Medical and sanitary report of the native army of Bengal for the year
Year: 1875
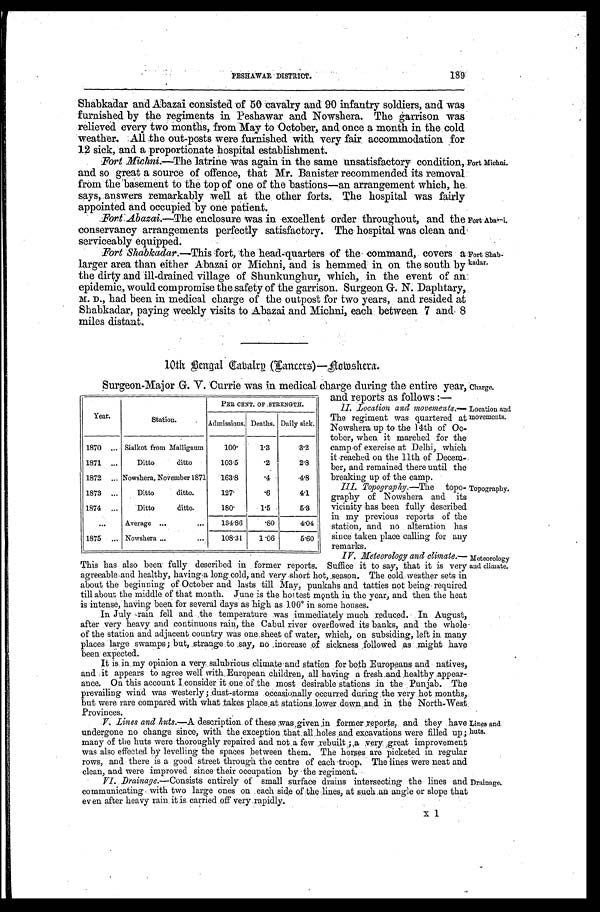
and reports as follows :—
II. Location and movements.—
The regiment was quartered at
Nowshera up to the 14th of Oc-
tober, when it marched for the
camp of exercise at Delhi, which
it reached on the 11th of Decem-
ber, and remained there until the
breaking up of the camp.
II Topography.— The
topo
graphy of Nowshera and its
vicinity has been fully described
in my previous reports of the
station, and no alteration has
since taken place calling for any
remarks.
IV. Meleoroloay and climate.—
Location and
movements.
Topography.
Meteorology
and climate.
189
PESHAWAR DISTRICT.
Shabkadar and Abazai consisted of 50 cavalry and 90 infantry soldiers, and was
furnished by the regiments in Peshawar and Nowshera. The garrison was
relieved every two months, from May to October, and once a month in the cold
weather. All the out-posts were furnished with very fair accommodation for
12 sick, and a proportionate hospital establishment.
Fort Michni.—The latrine was again in the same unsatisfactory condition,
and so great a source of offence, that Mr. Banister recommended its removal
from the basement to the top of one of the bastions—an arrangement which, he
says, answers remarkably well at the other forts. The hospital was fairly
appointed and occupied by one patient.
Fort Michni.
Fort Abazai.—The enclosure was in excellent order throughout, and the
conservancy arrangements perfectly satisfactory. The hospital was clean and
serviceably equipped.
Fort Shabkadar.—This fort, the head-quarters of the command, covers a
larger area than either Abazai or Michni, and is hemmed in on the south by
the dirty and ill-drained village of Shunkunghur, which, in the event of an
epidemic, would compromise the safety of the garrison. Surgeon G. N. Daphtary,
M. D ., had been in medical charge of the outpost for two years, and resided at
Shabkadar, paying weekly visits to Abazai and Michni, each between 7 and 8
miles distant.
Fort- Abazai.
Fort Shab-
kadar.
10th Bangal Cabalrn (Iancers)—Aowshera..
Surgeon-Major G. V. Currie was in medical charge during the entire year,
charge.
Year.
Station.
PER CENT. OF STRENGTH..
Admissions. Deaths. Daily sick.
1870 ... Sialkot from Malligaum
100.
1 . 3
3.2
1871
. . .
Ditto
ditto
103.5
. 2
2.8
1872 ... Nowshera, November 1871
163.8
.4
4 . 8
1873 ...
Ditto
ditto.
127.
.6
4.1
1874 ...
Ditto
ditto.
180.
1 . 5
5.3
. . . Average ...
...
134.86
.80
4.04
1875 ... Nowshera . . .
. . .
108.31
1.06
5.60
This has also been fully described in former reports. Suffice it to say, that it is very
agreeable and healthy, having a long cold, and very short hot, season. The cold weather sets in
about the beginning of October and lasts till May, punkahs and tatties not being required
till about the middle of that month. June is the hottest month in the year, and then the heat
is intense, having been for several days as high as 100° in some houses.
In July rain fell and the temperature was immediately much reduced. In August,
after very heavy and continuous rain, the Cabul river overflowed its banks, and the whole
of the station and adjacent country was one sheet of water, which, on subsiding, left in many
places large swamps; but, strange to say, no increase of sickness followed as maight hav
e been expected.
It is in my opinion a very salubrious climate and station for both Europeans and natives,
and it appears to agree well with European children, all having a fresh and healthy appear-
ance. On this account I consider it one of the most desirable stations in the Punjab. The
prevailing wind was westerly; dust-storms occasionally occurred during, the very hot months,
but were rare compared with what takes place at stations lower down and in the North-West
Provinces.
V. Lines and huts.—A description of these was, given in former reports, and they have
undergone no change since, with the exception that, all holes and excavations were filled up;
many of the huts were thoroughly repaired and not a few rebuilt ; a very great improvement
levelling
also effected by levellin the spaces between them. The horses are picketed in regular
rows, and there is a good street through the centre of each troop. The lines were neat and
clean, and were improved since their occupation by the regiment.
Lines and
huts.
VI. Drainage.—Consists entirely of small surface drains intersecting the lines and
communicating with two large ones on each side of the lines, at such an angle or slope that
even after heavy rain it is carried off very rapidly.
Drainage.
X 1